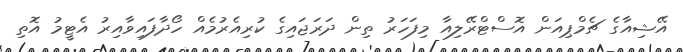
އޭޝިއާގެ ޗެމްޕިއަން އޮސްޓްރޭލިއާ މިފަހަރު ތިން ދަރަޖައިގެ ކުރިއެރުމެއް ހޯދާފައިވާއިރު އެޓީމު އޮތި